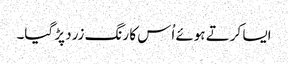
ایسا کرتے ہوئے اُس کا رنگ زرد پڑ گیا۔